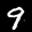
Label: 9